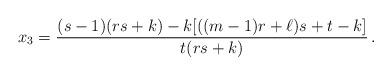
LaTeX: \begin{align*}x_3=\frac{(s-1)(rs+k)-k[((m-1)r+\ell )s+t-k]}{t(rs+k)} \, .\end{align*}